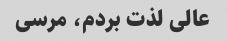
عالی لذت بردم، مرسی